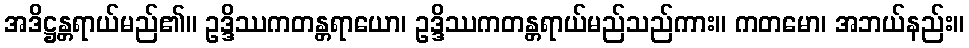
အဒိဋ္ဌန္တရာယ်မည်၏။ ဥဒ္ဒိဿကတန္တရာယော၊ ဥဒ္ဒိဿကတန္တရာယ်မည်သည်ကား။ ကတမော၊ အဘယ်နည်း။